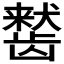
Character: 𬺒